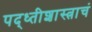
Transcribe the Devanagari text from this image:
पद्ध्तीशास्त्राचं